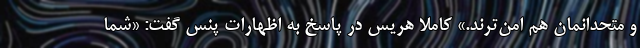
و متحدانمان هم امن‌ترند.» کاملا هریس در پاسخ به اظهارات پنس گفت: «شما